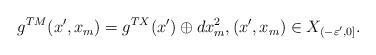
LaTeX: \begin{align*}\begin{aligned}g^{TM}(x', x_{m})=g^{T X}(x')\oplus dx^{2}_{m}, (x', x_{m})\in X_{(-\varepsilon', 0]}.\end{aligned}\end{align*}